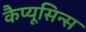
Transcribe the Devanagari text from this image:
कैप्यूसिन्स